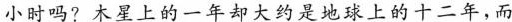
小时吗?木星上的一年却大约是地球上的十二年，而